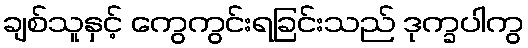
ချစ်သူနှင့် ကွေကွင်းရခြင်းသည် ဒုက္ခပါကွ